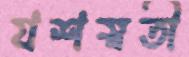
যশস্বতী